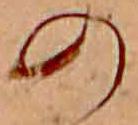
の